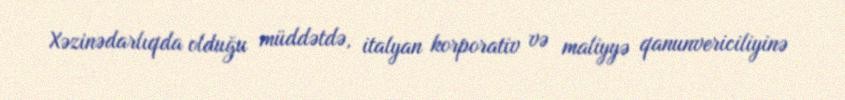
Xəzinədarlıqda olduğu müddətdə, italyan korporativ və maliyyə qanunvericiliyinə